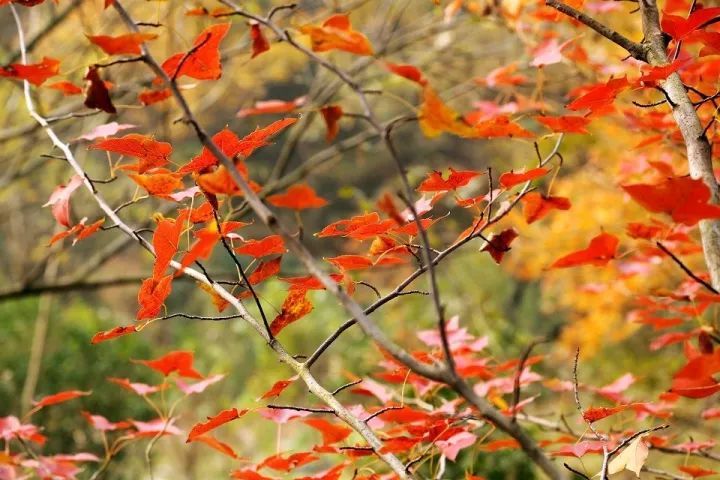
枫叶千枝复万枝，江桥掩映暮帆迟。